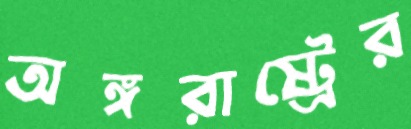
অঙ্গরাষ্ট্রের